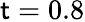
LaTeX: \mathsf{t}=0.8